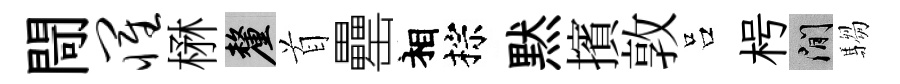
閜罹楙厘首罍相棕黙擯敦吕枵閑騶